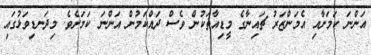
އަންނަ ކަމަށާއި އެމަންޒަރު ޗައިނާގެ މީޑިއާތަކުން ވެސް ދައްކަމުން އަންނަ ކަމަށެވެ. މިދަނޑިވަޅުގައި